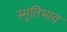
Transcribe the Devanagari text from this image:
स्मृतिभाव